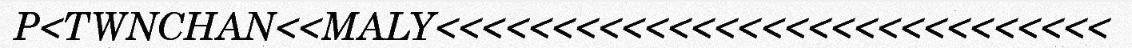
P<TWNCHAN<<MALY<<<<<<<<<<<<<<<<<<<<<<<<<<<<<